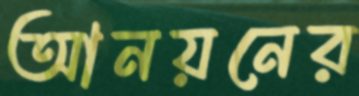
আনয়নের